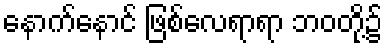
နောက်နောင် ဖြစ်လေရာရာ ဘဝတို့၌